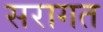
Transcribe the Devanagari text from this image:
सरागत